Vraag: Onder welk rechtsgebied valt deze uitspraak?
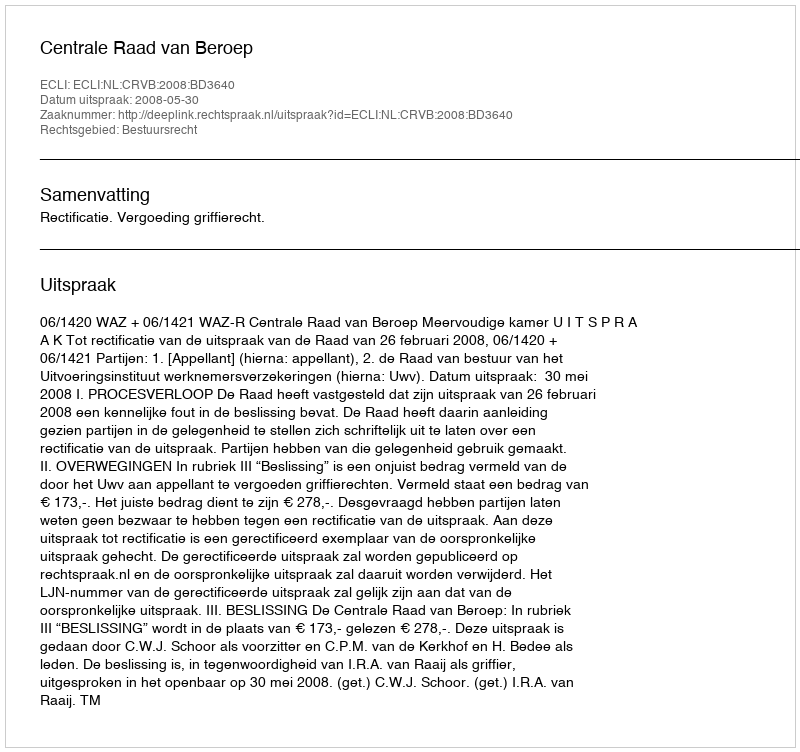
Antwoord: Bestuursrecht